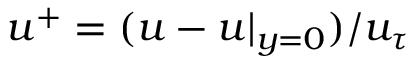
u ^ { + } = ( u - u | _ { y = 0 } ) / u _ { \tau }